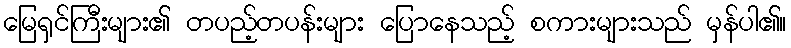
မြေရှင်ကြီးများ၏ တပည့်တပန်းများ ပြောနေသည့် စကားများသည် မှန်ပါ၏။